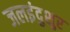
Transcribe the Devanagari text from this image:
जलइंदुशुर